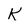
Character: K